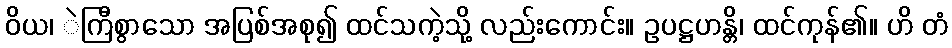
ဝိယ၊ ဲကြီစွာသော အပြစ်အစု၍ ထင်သကဲ့သို့ လည်းကောင်း။ ဥပဋ္ဌဟန္တိ၊ ထင်ကုန်၏။ ဟိ တံ